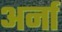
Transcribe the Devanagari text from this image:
अर्ना